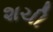
શચી